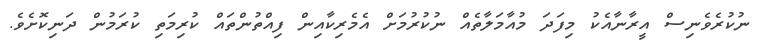
ނުކުރެވެނިސް އީރާނާއެކު މިފަދަ މުއާމަލާތެއް ނުކުރުމަށް އެމެރިކާއިން ފިއްތުންތައް ކުރިމަތި ކުރަމުން ދަނިކޮށެވެ.